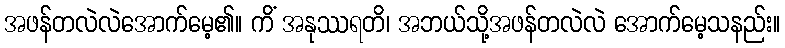
အဖန်တလဲလဲအောက်မေ့၏။ ကိံ အနုဿရတိ၊ အဘယ်သို့အဖန်တလဲလဲ အောက်မေ့သနည်း။